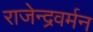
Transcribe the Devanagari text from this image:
राजेन्द्रवर्मन